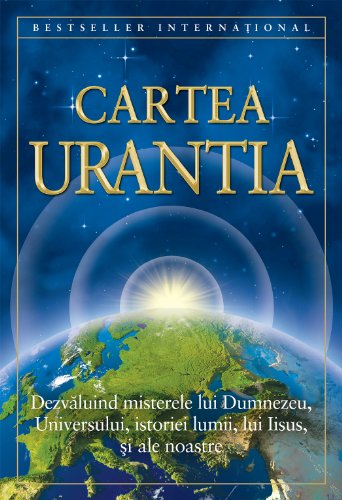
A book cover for Cartea Urantia; Urantia Foundation; Religion & Spirituality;